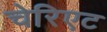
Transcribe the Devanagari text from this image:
चेरिएट